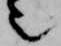
也